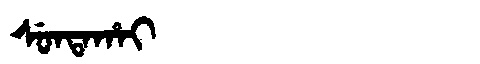
Manchu: ᠰᡠᠨᡨᠠᡥᠠᡳ
Romanization: SUNTAHAI